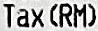
TAX(RM)